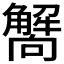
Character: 𧥁